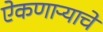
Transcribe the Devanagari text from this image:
ऐकणाऱ्याचे